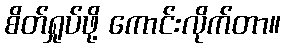
စိတ်ရှုပ်ဖို့ ကောင်းလိုက်တာ။